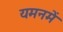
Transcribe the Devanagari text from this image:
यमनमें